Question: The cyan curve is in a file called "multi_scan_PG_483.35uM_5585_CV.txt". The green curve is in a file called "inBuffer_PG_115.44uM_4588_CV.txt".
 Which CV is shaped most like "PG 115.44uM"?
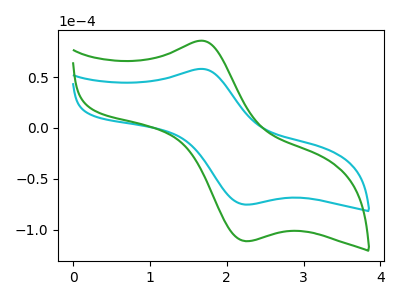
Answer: <think>The cyan curve "PG 483.35uM" has an anodic peak at (1.65V, 58.00uA) and a cathodic peak at (2.25V, -75.20uA). The green curve "PG 115.44uM" has an anodic peak at (1.65V, 85.70uA) and a cathodic peak at (2.25V, -111.10uA).
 All the peaks in "PG 483.35uM" have a peak in "PG 115.44uM" at the same potential. Every peak in "PG 483.35uM" is lower than every peak in "PG 115.44uM".</think>
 <answer>The CV with the most similar shape to "PG 483.35uM" is "PG 115.44uM".</answer>
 <eval>"PG 115.44uM"</eval>